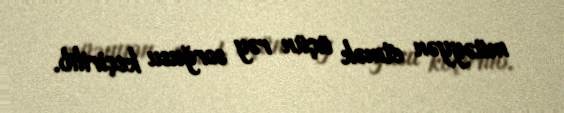
müəyyən etmək üçün rəy sorğusu keçirilib.